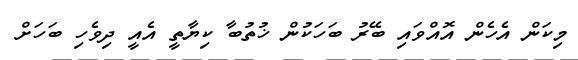
މިކަން އެހެން އޮއްވައި ބޭރު ބަހަކުން ޚުުތުބާ ކިޔާތީ އެއީ ދިވެހި ބަހަށް